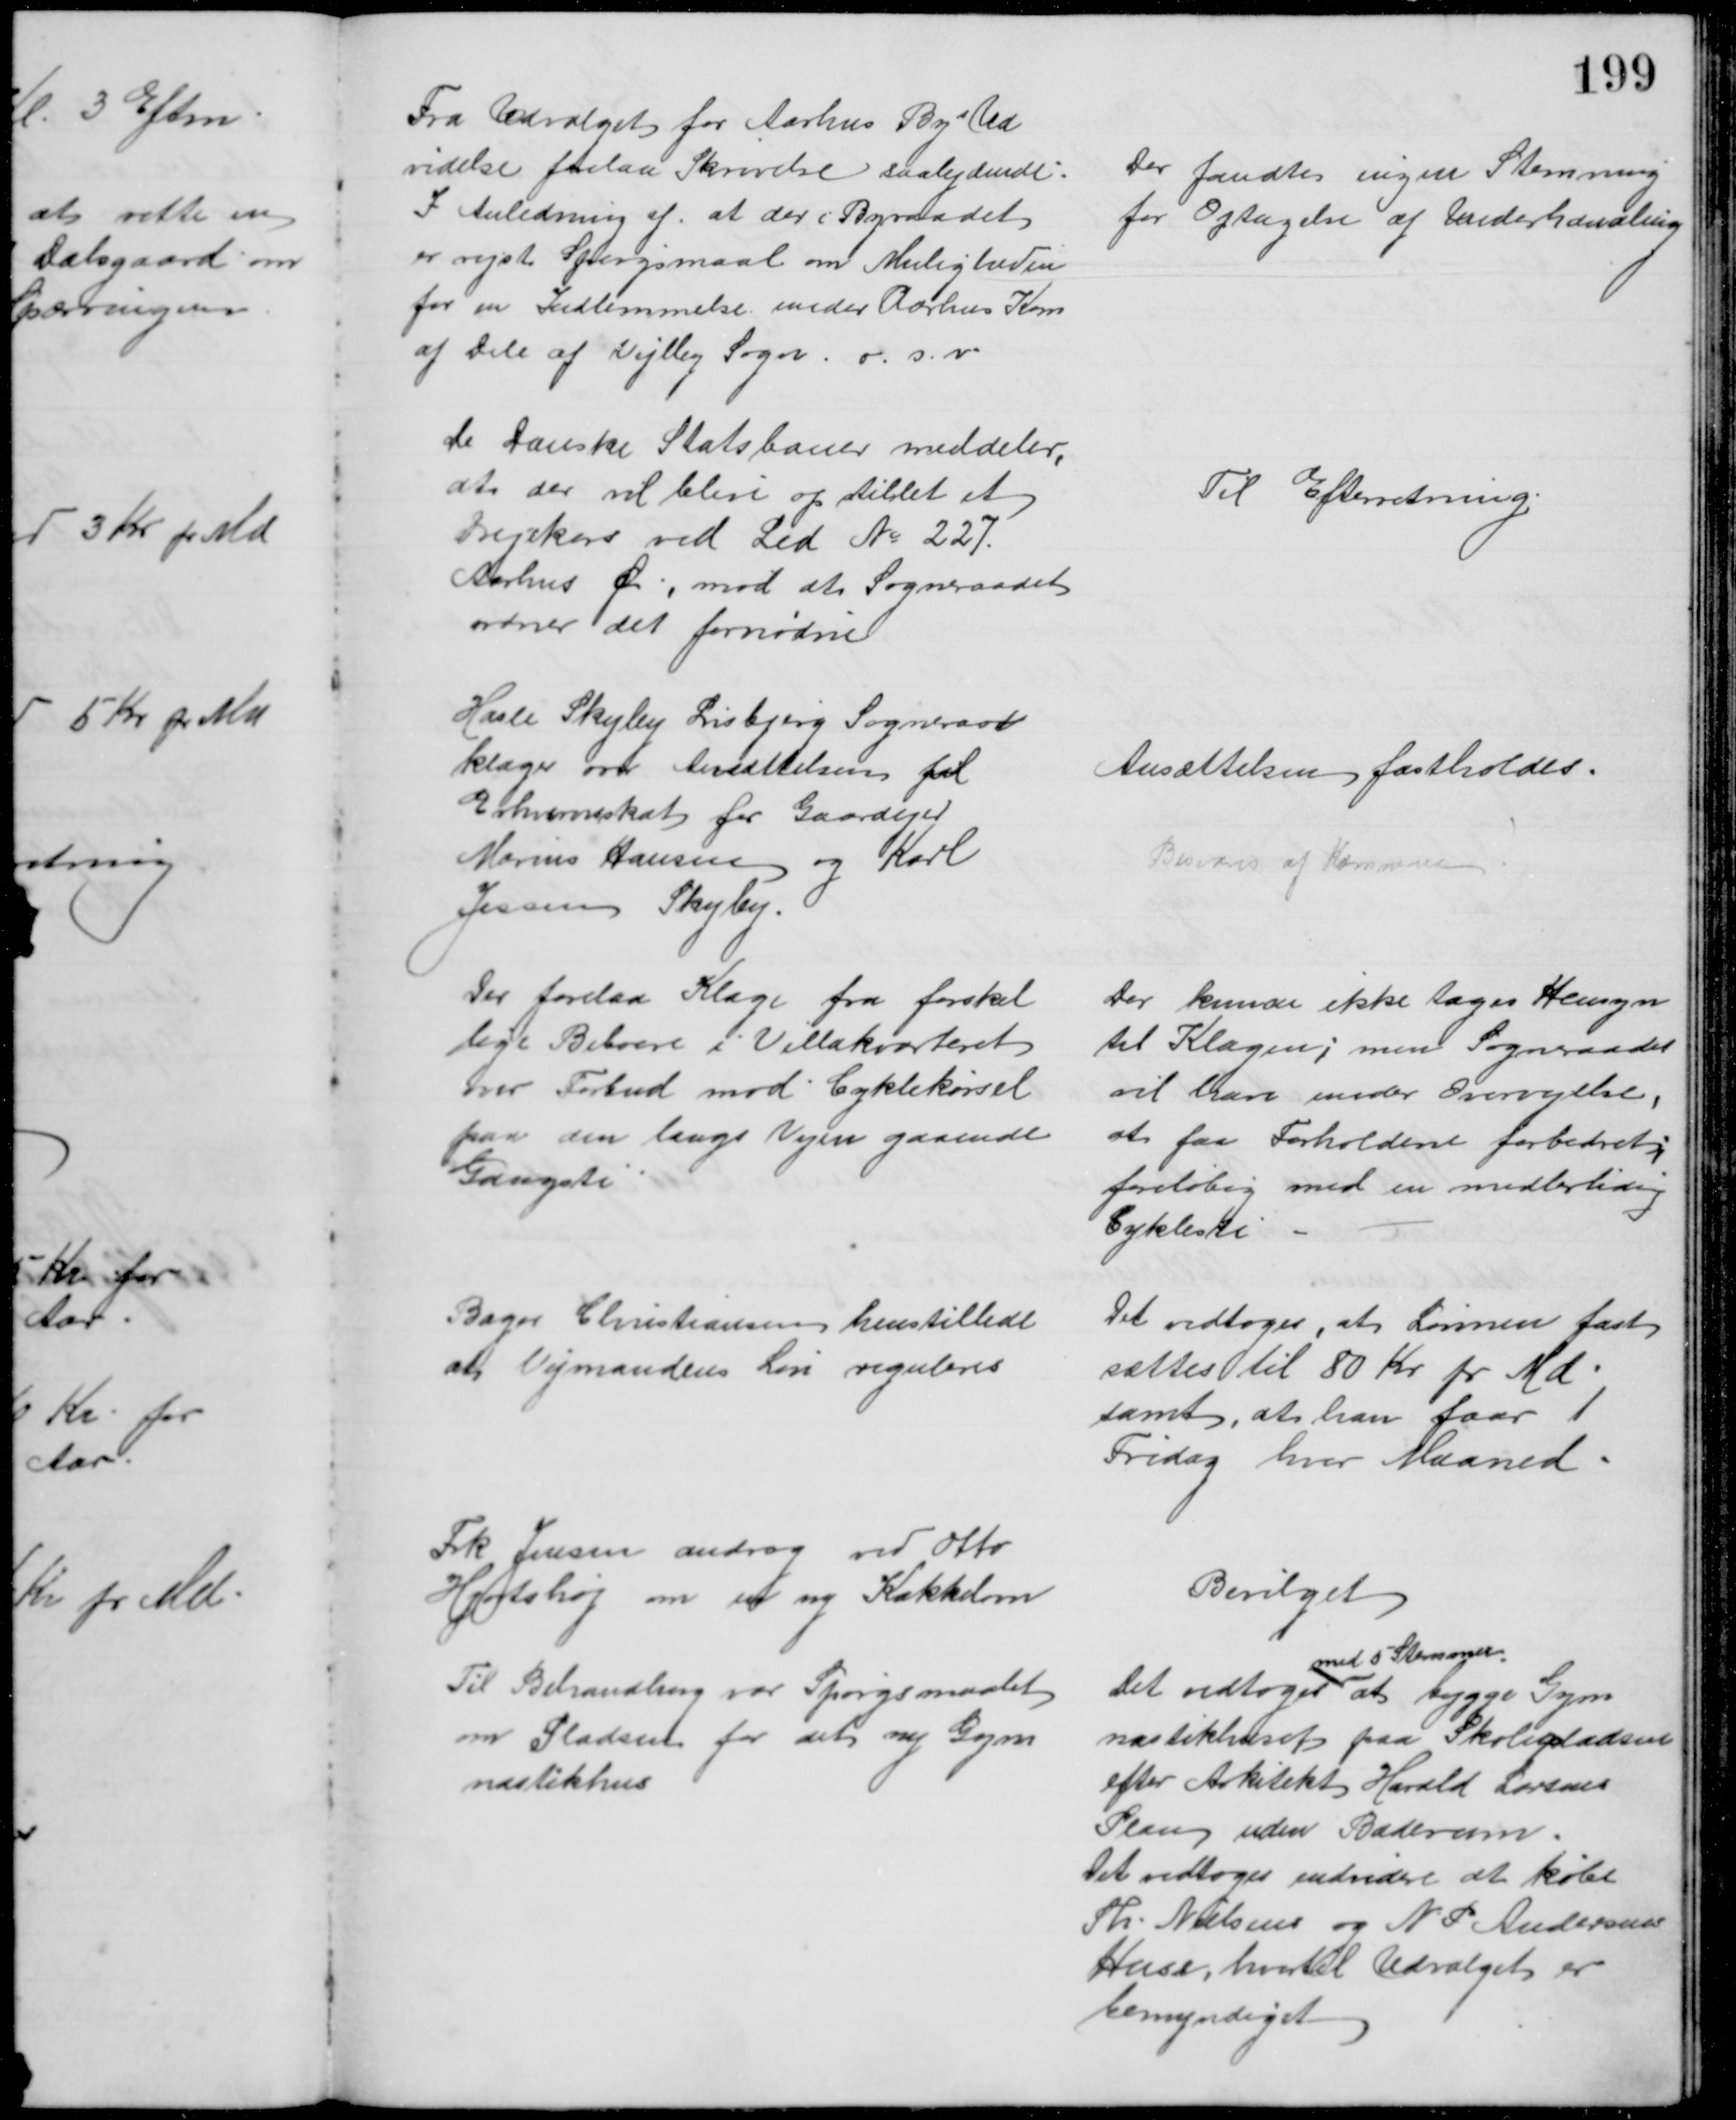
Transskription:
Fra Udvalget for Aarhus Bys Ud
videlse forelaa Skrivelse saalydende:
I Anledning af, at der i Byraadet
er rejst Spørgsmaal om Muligheden
for en Indlemmelse under Aarhus Kom
af Dele af Vejlby Sogn. o. s. v.
Der fandtes ingen Stemning
for Optagelse af Underhandling
De danske Statsbaner meddeler,
at der vil blive opstillet et
Drejekors ved Led № 227.
Aarhus Ø, mod at Sogneraadet
ordner det fornødne
Til Efterretning.
Hasle Skejby Lisbjerg Sogneraad
klager om Ansættelsen ftil
Erhvervsskat for Gaardejer
Marius Hansen og Karl
Jensen Skejby.
Ansættelsen fastholdes.
Besvares af Kæmneren
Der forelaa Klage fra forskel
lige Beboere i Villakvarteret
mod Forbud mod Cyklekørsel
paa den langs Vejen gaaende
Gangsti
Der kunde ikke tages Hensyn
til Klagen; men Sogneraadet
vil have under Overvejelse,
at faa Forholdene forbedret;
foreløbig med en midlertidig
Cyklesti
Bager Christiansen henstillede
at Vejmandens Løn reguleres
Det vedtoges, at Lønnen fast
sættes til 80 Kr pr Md
samt, at han faar 1
Fridag hver Maaned
Frk Jensen androg ved Otto
Hjortshøj om en ny Kakkelovn
Bevilget
Til Behandling var Spørgsmaalet
om Pladsen for det ny Gym
nastikhus
Det vedtoges 
med 5 Stemmer
at bygge Gym
nastikhuset paa Skolepladsen
efter Arkitekt Harald Larsens
Plan uden Baderum.
Det vedtoges endvidere at købe
Th. Nielsens og N P Andersens
Huse, hvortil Udvalget er 
bemyndiget